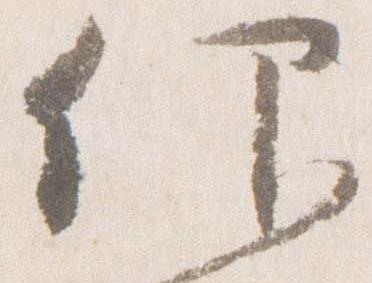
仰